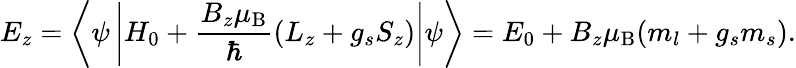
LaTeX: E_{z}=\left\langle\psi\left|H_{0}+{\frac{B_{z}\mu_{\mathrm{{B}}}}{\hbar}}(L_{z}+g_{s}S_{z})\right|\psi\right\rangle=E_{0}+B_{z}\mu_{\mathrm{{B}}}(m_{l}+g_{s}m_{s}).